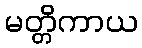
မတ္တိကာယ